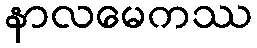
နာလမေကဿ